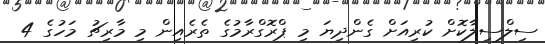
ސިލްސިލާކޮށް ކުރިއަށް ގެންދިޔަ މި ޕްރޮގްރާމުގެ ތެރެއިން މި މާރިޗު މަހުގެ 4